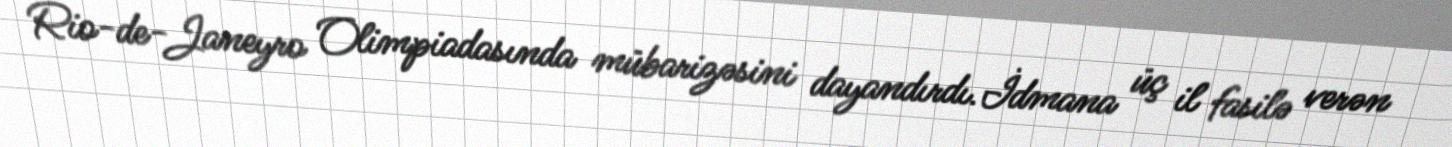
Rio-de-Janeyro Olimpiadasında mübarizəsini dayandırdı.İdmana üç il fasilə verən